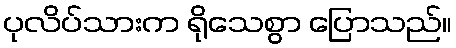
ပုလိပ်သားက ရိုသေစွာ ပြောသည်။